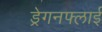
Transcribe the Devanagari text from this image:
ड्रेगनफ्लाई